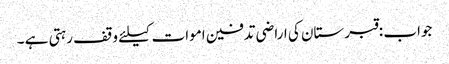
جواب :قبرستان کی اراضی تدفین اموات کیلئے وقف رہتی ہے ۔